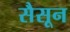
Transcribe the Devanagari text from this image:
सैसून